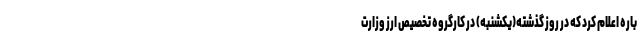
باره اعلام کرد که در روز گذشته(یکشنبه) در کارگروه تخصیص ارز وزارت